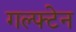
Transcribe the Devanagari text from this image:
गल्फ्टेन